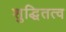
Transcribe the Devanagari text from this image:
शुद्धितत्व